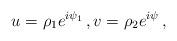
LaTeX: \begin{align*} u=\rho_1 e^{i\psi_1}\,, v=\rho_2 e^{i\psi}\,, \end{align*}